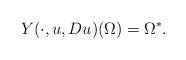
LaTeX: \begin{align*} Y(\cdot,u,Du)(\Omega) = \Omega^*. \end{align*}